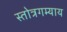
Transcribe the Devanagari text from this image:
स्तोत्रगम्याय